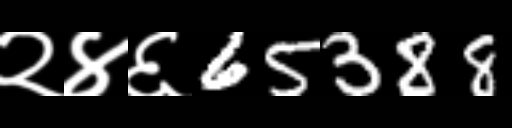
Text: २४६65388